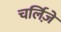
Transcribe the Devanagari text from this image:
चर्लिज़े